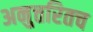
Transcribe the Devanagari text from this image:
अनुत्तरितच